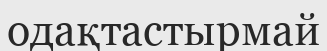
одақтастырмай